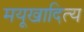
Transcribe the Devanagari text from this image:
मयूखादित्य